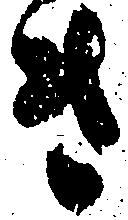
き